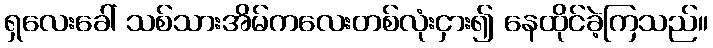
ရှလေးခေါ် သစ်သားအိမ်ကလေးတစ်လုံးငှား၍ နေထိုင်ခဲ့ကြသည်။